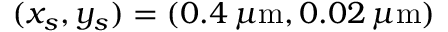
( x _ { s } , y _ { s } ) = ( 0 . 4 \, \mu \mathrm { m } , 0 . 0 2 \, \mu \mathrm { m } )